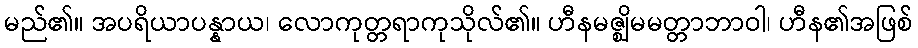
မည်၏။ အပရိယာပန္နာယ၊ လောကုတ္တရာကုသိုလ်၏။ ဟီနမဇ္ဈိမမတ္တာဘာဝါ၊ ဟီန၏အဖြစ်